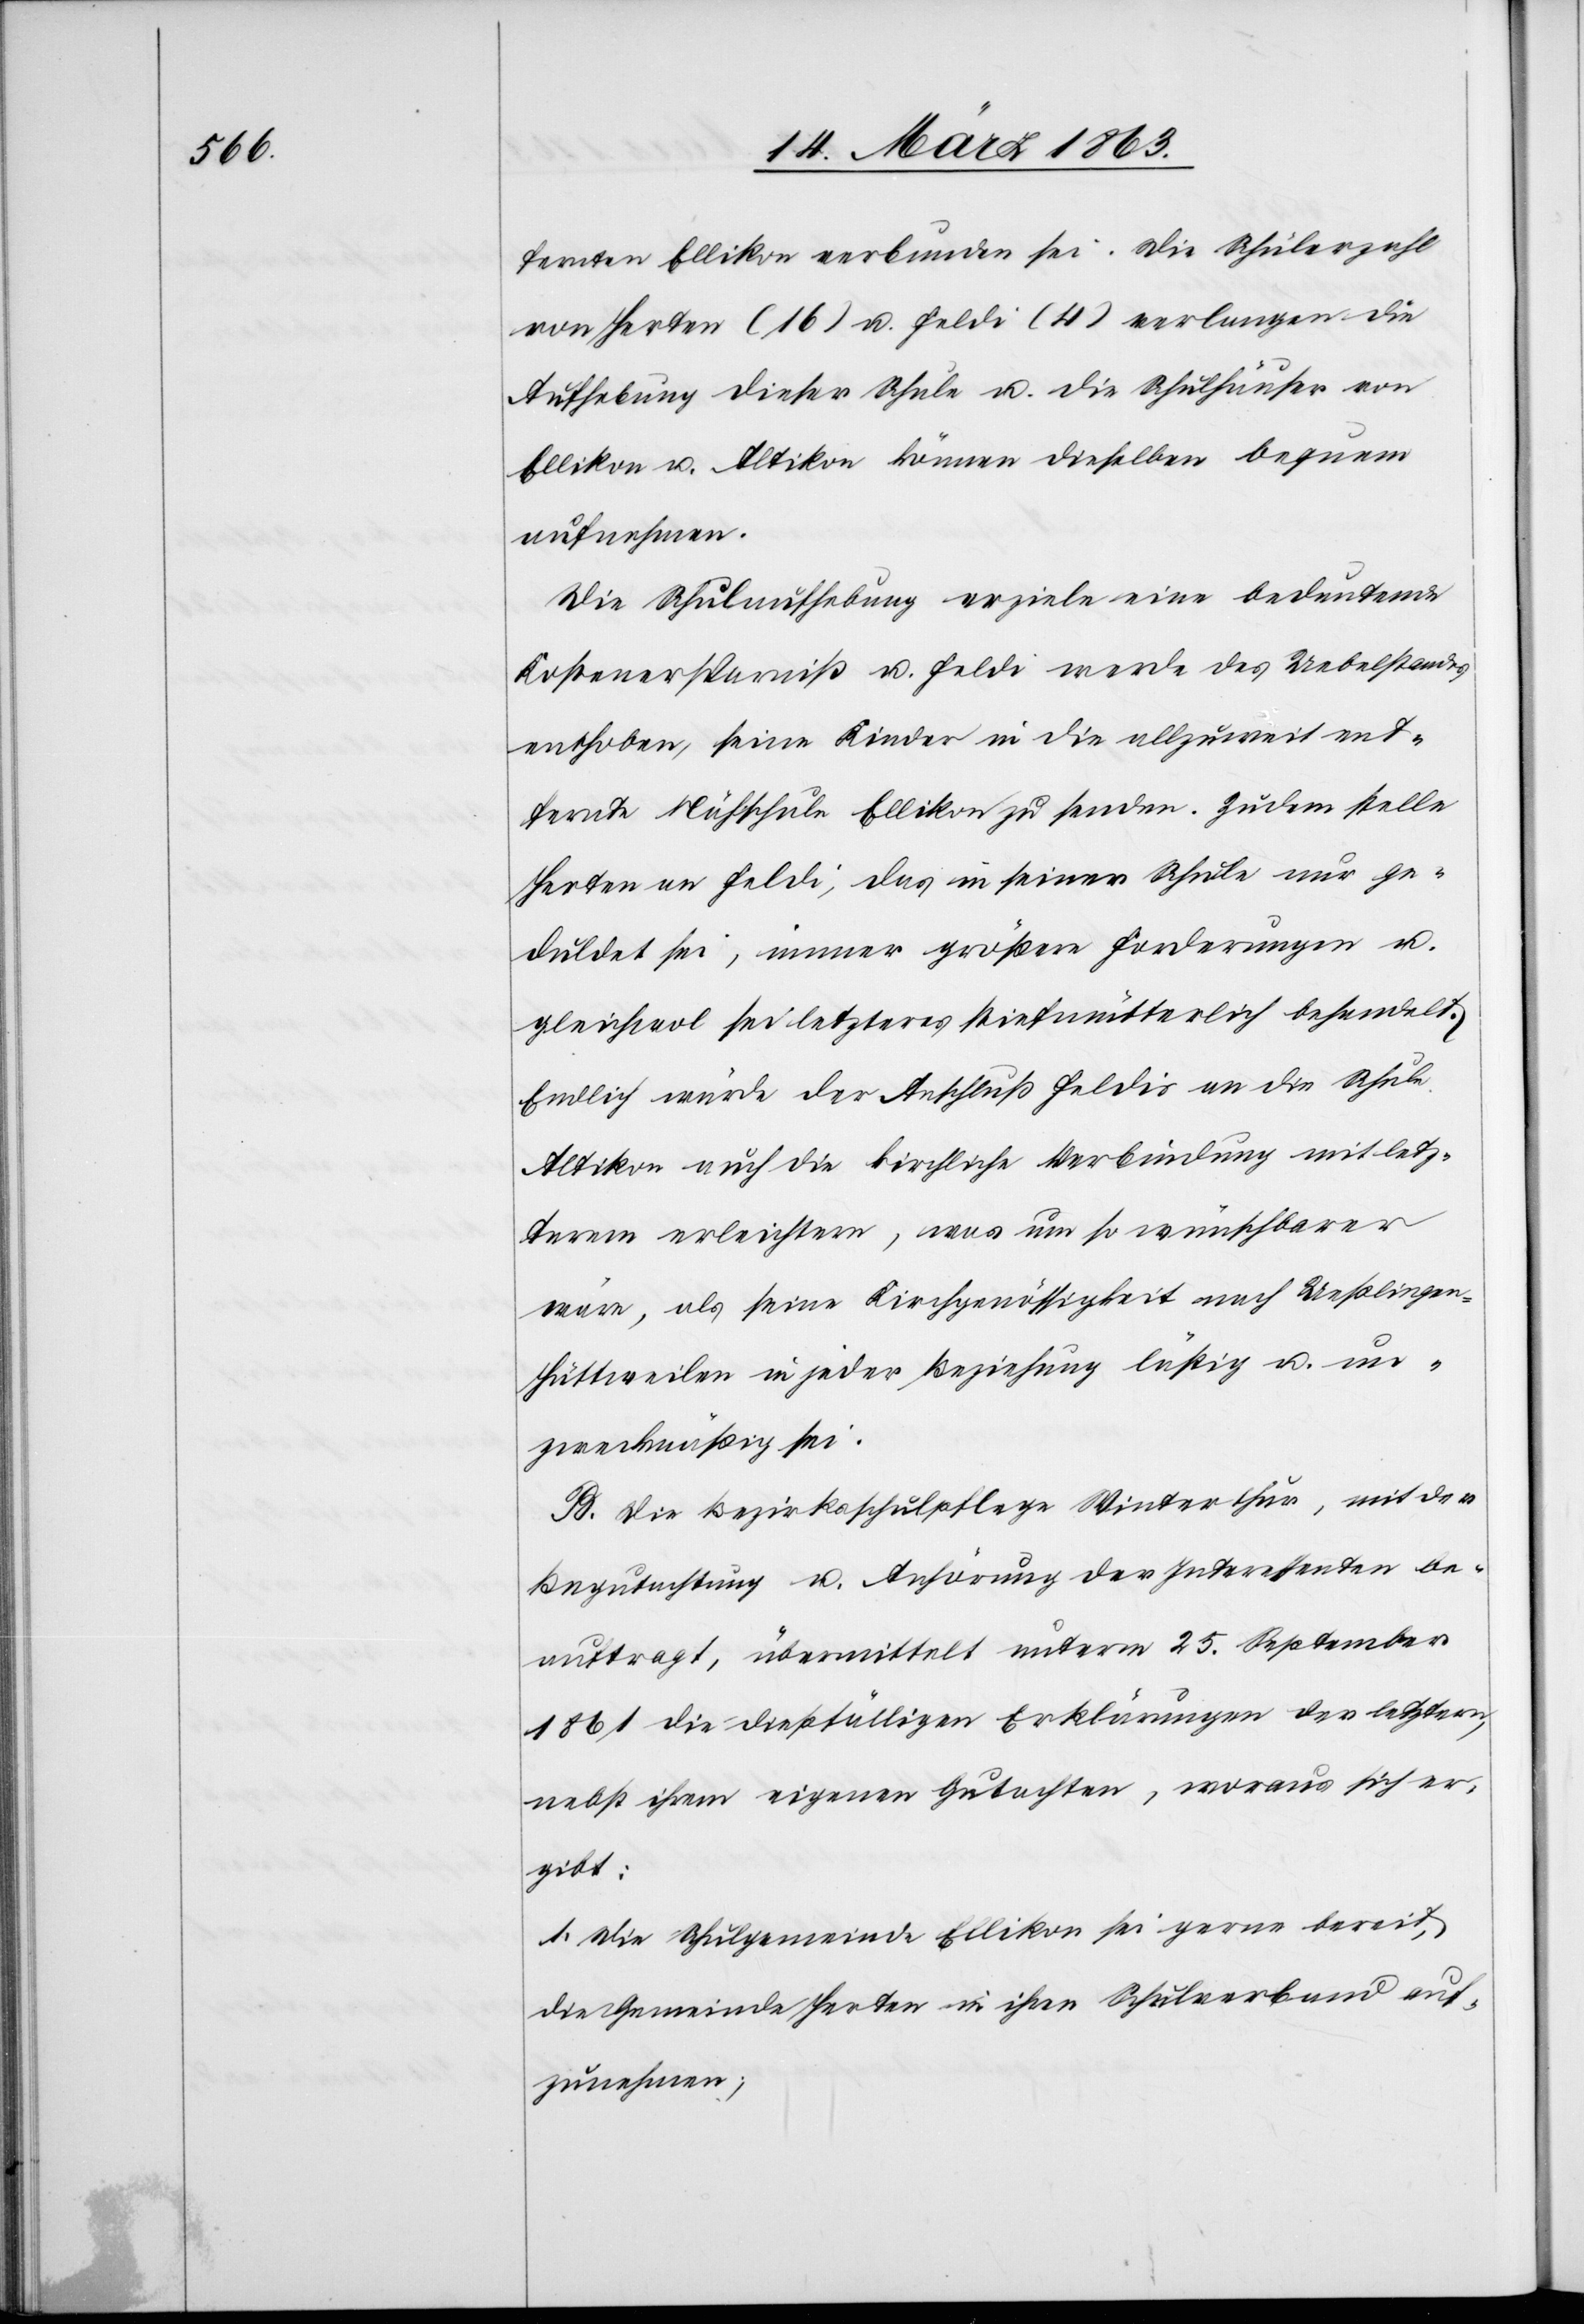
fernten Ellikon verbunden sei. Die Schülerzahl
von Herten (16) u. Feldi (4) verlangen die
Aufhebung dieser Schule u. die Schulhäuser von
Ellikon u. Altikon können dieselben bequem
aufnehmen.
Die Schulaufhebung erziele eine bedeutende
Kostenersparniß u. Feldi werde des Uebelstandes
enthoben, seine Kinder in die allzuweit ent¬
fernte Nähschule Ellikon zu senden. Zudem stelle
Herten an Feldi, das in seiner Schule nur ge¬
duldet sei, immer größere Forderungen u.
gleichwol sei letzteres stiefmütterlich behandelt.
Endlich würde der Anschluß Feldis an die Schule
Altikon auch die kirchliche Verbindung mit letz¬
terem erleichtern, was um so wünschbarer
wäre, als seine Kirchgenössigkeit nach Ueßlinge¬
n-Hüttweilen in jeder Beziehung lästig u. un¬
zweckmäßig sei.
B. Die Bezirksschulpflege Winterthur, mit der
Begutachtung u. Anhörung der Interessenten be¬
auftragt, übermittelt unterm 25. September
1861 die dießfälligen Erklärungen des letztern,
nebst ihrem eigenen Gutachten, woraus sich er¬
gibt:
1.) Die Schulgemeinde Ellikon sei gerne bereit,
die Gemeinde Herten in ihren Schulverband auf¬
zunehmen;